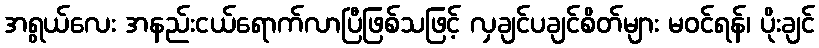
အရွယ်လေး အနည်းငယ်ရောက်လာပြီဖြစ်သဖြင့် လှချင်ပချင်စိတ်များ မဝင်ရန်၊ ပိုးချင်